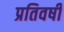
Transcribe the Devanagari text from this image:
प्रतिवषी